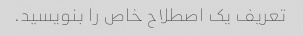
تعریف یک اصطلاح خاص را بنویسید.